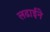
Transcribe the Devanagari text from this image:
लढाईने